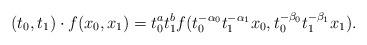
LaTeX: \begin{align*} (t_0,t_1) \cdot f(x_0,x_1) = t_0^a t_1^b f(t_0^{-\alpha_0} t_1^{-\alpha_1} x_0, t_0^{-\beta_0} t_1^{-\beta_1} x_1).\end{align*}